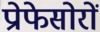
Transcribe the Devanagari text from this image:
प्रोफेसोरों